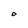
Character: 0